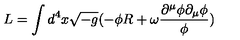
L = \int { d ^ { 4 } x \sqrt { - g } ( - { \phi } R + { \omega } \frac { { \partial } ^ { \mu } { \phi } { \partial } _ { \mu } { \phi } } { \phi } ) }